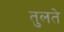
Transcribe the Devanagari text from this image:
तुलते